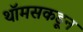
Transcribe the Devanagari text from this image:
थॉमसकडून